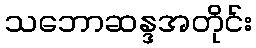
သဘောဆန္ဒအတိုင်း